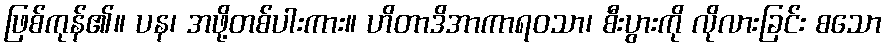
ဖြစ်ကုန်၏။ ပန၊ အဖို့တစ်ပါးကား။ ဟိတာဒိအာကာရဝသာ၊ စီးပွားကို လိုလားခြင်း စသော